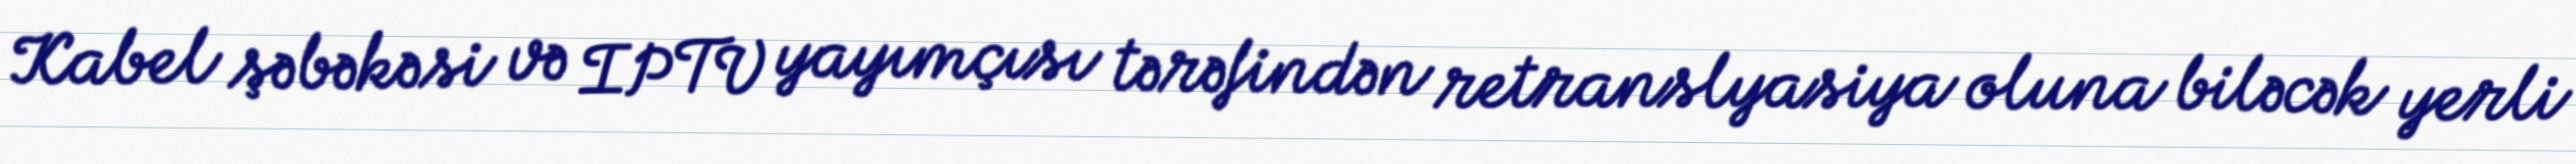
Kabel şəbəkəsi və IPTV yayımçısı tərəfindən retranslyasiya oluna biləcək yerli